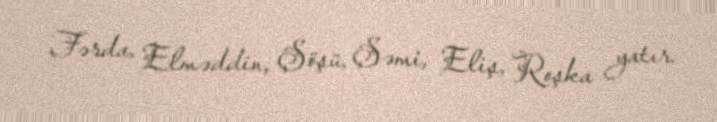
Fərda, Elməddin, Şöşü, Şəmi, Eliş, Roşka yatır.